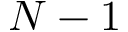
N - 1